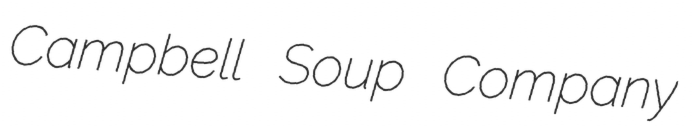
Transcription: Campbell Soup Company